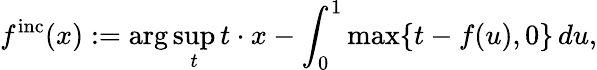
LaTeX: f^{\mathrm{inc}}(x):=\arg\operatorname*{sup}_{t}t\cdot x-\int_{0}^{1}\operatorname*{max}\{ t-f(u),0\} \, du,